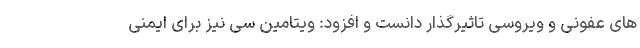
های عفونی و ویروسی تاثیرگذار دانست و افزود: ویتامین سی نیز برای ایمنی